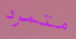
متمرد